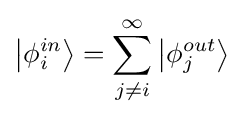
\left|{\phi _{i}^{in}}\right\rangle =\sum \limits _{j\neq i}^{\infty }{\left|{\phi _{j}^{out}}\right\rangle }